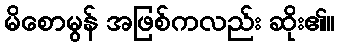
မိစောမွန် အဖြစ်ကလည်း ဆိုး၏။